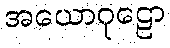
အယောဂုဠော